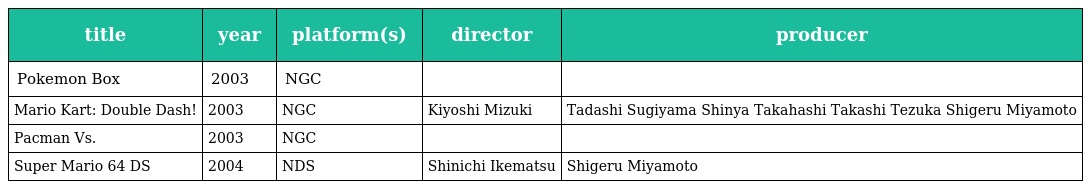
| title | year | platform(s) | director | producer |
 | --- | --- | --- | --- | --- |
 | Pokemon Box | 2003 | NGC |  |  |
 | Mario Kart: Double Dash! | 2003 | NGC | Kiyoshi Mizuki | Tadashi Sugiyama Shinya Takahashi Takashi Tezuka Shigeru Miyamoto |
 | Pacman Vs. | 2003 | NGC |  |  |
 | Super Mario 64 DS | 2004 | NDS | Shinichi Ikematsu | Shigeru Miyamoto |